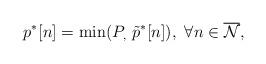
LaTeX: \begin{align*} p^*[n] = \min (P_,~\tilde p^*[n]),~\forall n\in\overline{\mathcal N},\end{align*}